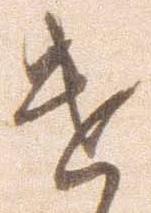
遣